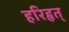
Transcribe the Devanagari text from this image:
हरिहृत्